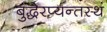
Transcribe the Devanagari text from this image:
बुद्धेरप्यन्तस्थं